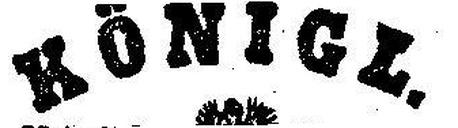
Königl.